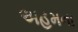
અહમના